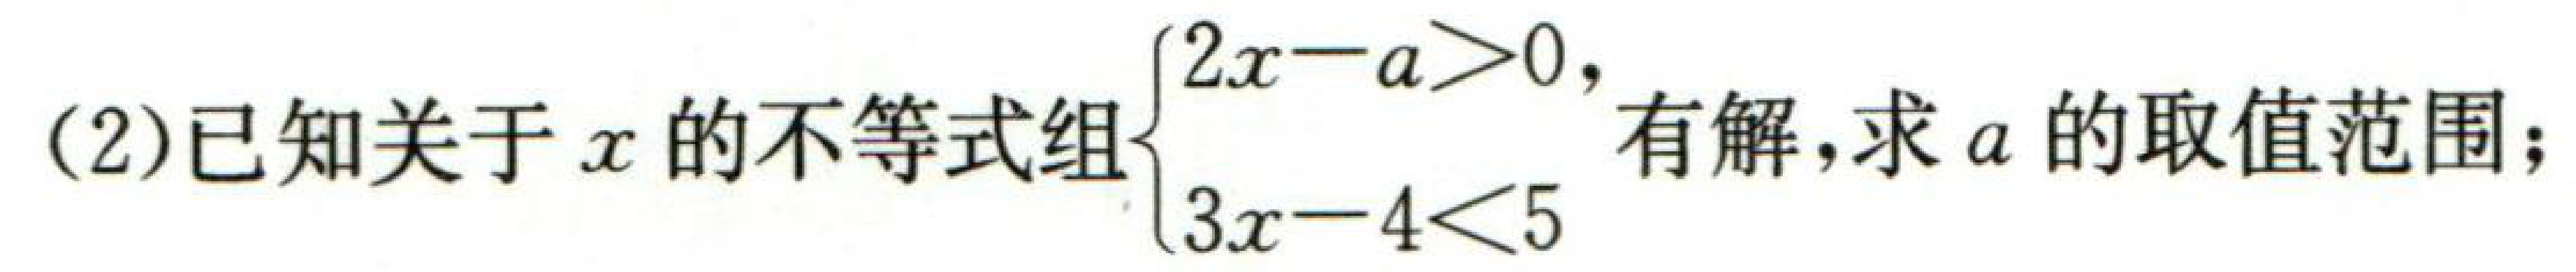
(2)已知关于\(x\)的不等式组\(\begin{cases}2x - a>0, \\ 3x - 4<5\end{cases}\)有解，求\(a\)的取值范围；